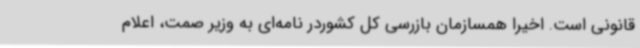
قانونی است. اخیرا همسازمان بازرسی کل کشوردر نامه‌ای به وزیر صمت، اعلام